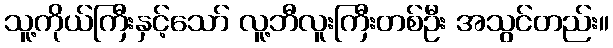
သူ့ကိုယ်ကြီးနှင့်သော် လူ့ဘီလူးကြီးတစ်ဦး အသွင်တည်း။